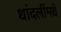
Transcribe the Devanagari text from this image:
धांदलींमधे